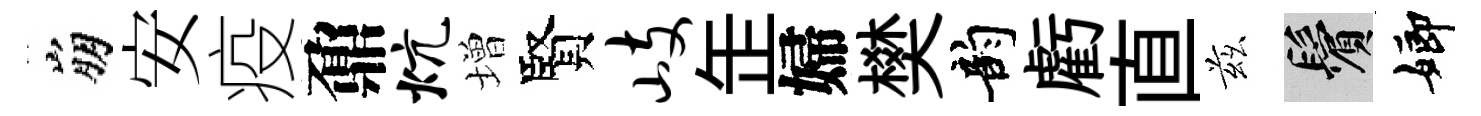
崩安疫鼐炕増賢岐𦈢婦樊韵虧直兹鬢嫏